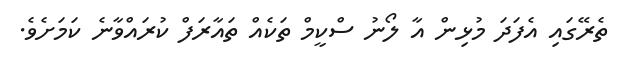
ތެރޭގައި އެފަދަ މުޅިން އާ ލޯނު ސްކީމް ތަކެއް ތައާރަފް ކުރައްވާނެ ކަމަށެވެ.